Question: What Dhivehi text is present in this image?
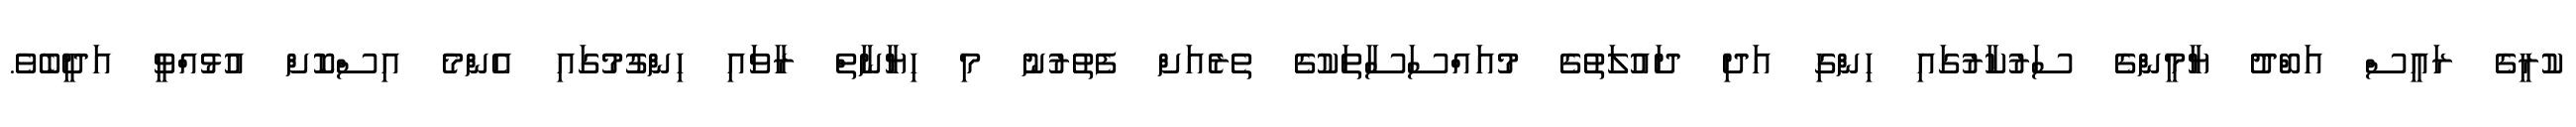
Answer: ކުރީގެ ރައީސް އަބްދު ޔާމީންގެ ސަރުކާރުގައި ހިންގި އަދި ދައުލަތުގެ މުއައްސަސާތަކުގެ ތެރެއަށް ފެތުރުނު މި ހިޔާނާތް ރާވައި ހިންގުމުގައި އެންމެ އިސްކޮށް އުޅުއްވީ އަދީބެވެ.